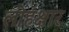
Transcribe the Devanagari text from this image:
लोहक्षार